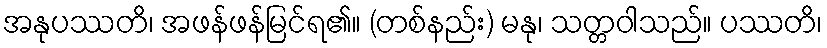
အနုပဿတိ၊ အဖန်ဖန်မြင်ရ၏။ (တစ်နည်း) မနု၊ သတ္တဝါသည်။ ပဿတိ၊